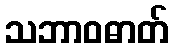
သဘာဝဓာတ်